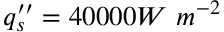
q _ { s } ^ { \prime \prime } = 4 0 0 0 0 W \ m ^ { - 2 }